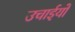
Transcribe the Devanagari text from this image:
उचाईयों